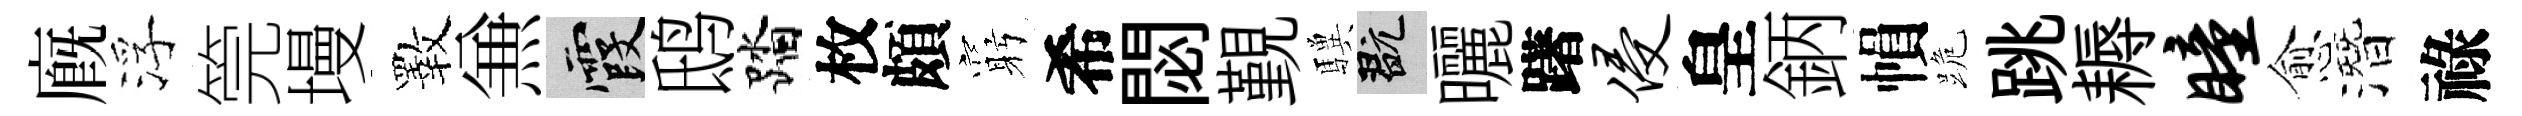
廐浮筦墁斁𠔥霞鸱踏枚頗窮希閟覲驥玩曬躇侵皇鈵𢄙跪跳耨瞳愈潛祿